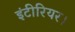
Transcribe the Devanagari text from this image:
इंटीरियर।